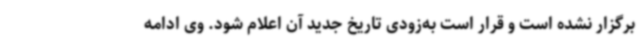
برگزار نشده است و قرار است به‌زودی تاریخ جدید آن اعلام شود. وی ادامه